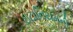
ઇટાનિયમની